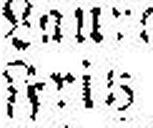
Fris